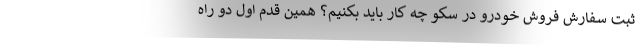
ثبت سفارش فروش خودرو در سکو چه کار باید بکنیم؟ همین قدم اول دو راه